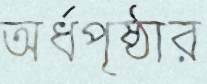
অর্ধপৃষ্ঠার